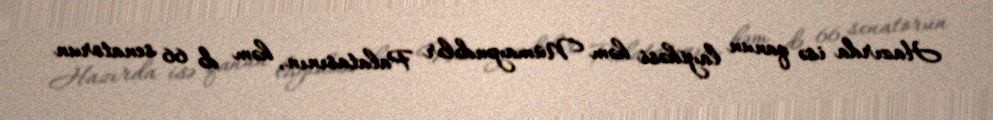
Hazırda isə qanun layihəsi həm Nümayəndələr Palatasının, həm də 66 senatorun